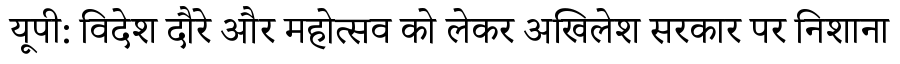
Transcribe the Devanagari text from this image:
यूपी: विदेश दौरे और महोत्सव को लेकर अखिलेश सरकार पर निशाना